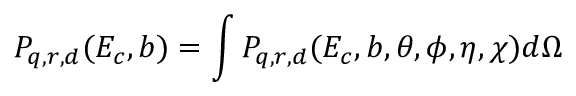
P _ { q , r , d } ( E _ { c } , b ) = \int P _ { q , r , d } ( E _ { c } , b , \theta , \phi , \eta , \chi ) { d } \Omega